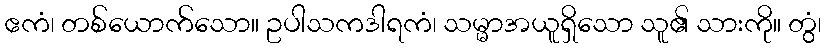
ဧကံ၊ တစ်ယောက်သော။ ဥပါသကဒါရကံ၊ သမ္မာအယူရှိသော သူ၏ သားကို။ တွံ၊